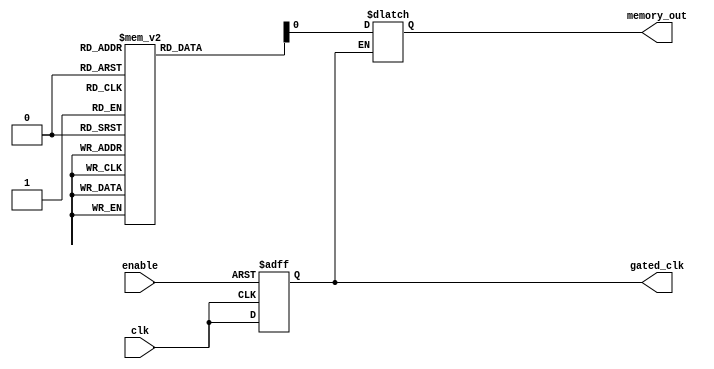
module conditional_clock_gating (
    input wire clk,          // Primary clock signal
    input wire enable,       // Enable signal for clock gating
    output wire gated_clk,   // Gated clock output for memory block
    output wire memory_out    // Example output for memory block (for test purposes)
);

// Internal signal for the gated clock
reg gated_clk_reg;

// Gating logic: Generate gated clock based on enable signal
always @(posedge clk or negedge enable) begin
    if (!enable) begin
        gated_clk_reg <= 1'b0; // Hold low when not enabled
    end else begin
        gated_clk_reg <= clk; // Follow primary clock when enabled
    end
end

// Assign gated clock output
assign gated_clk = gated_clk_reg;

// Example memory block that uses gated clock
reg [7:0] memory [0:255]; // Example memory array of 256 bytes
reg [7:0] data_in;        // Data input for write operation
reg [7:0] data_out;       // Data output for read operation
reg [7:0] address;        // Memory address

always @(gated_clk) begin
    if (gated_clk) begin
        // Memory operation (e.g., read/write) based on enable
        // For simplicity, let's assume some signal to control read/write
        // Here we are just demonstrating a read operation
        data_out <= memory[address]; // Example read operation
    end
end

// Output for verification purposes
assign memory_out = data_out; // To read memory output

endmodule